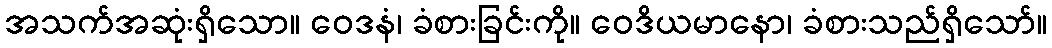
အသက်အဆုံးရှိသော။ ဝေဒနံ၊ ခံစားခြင်းကို။ ဝေဒိယမာနော၊ ခံစားသည်ရှိသော်။